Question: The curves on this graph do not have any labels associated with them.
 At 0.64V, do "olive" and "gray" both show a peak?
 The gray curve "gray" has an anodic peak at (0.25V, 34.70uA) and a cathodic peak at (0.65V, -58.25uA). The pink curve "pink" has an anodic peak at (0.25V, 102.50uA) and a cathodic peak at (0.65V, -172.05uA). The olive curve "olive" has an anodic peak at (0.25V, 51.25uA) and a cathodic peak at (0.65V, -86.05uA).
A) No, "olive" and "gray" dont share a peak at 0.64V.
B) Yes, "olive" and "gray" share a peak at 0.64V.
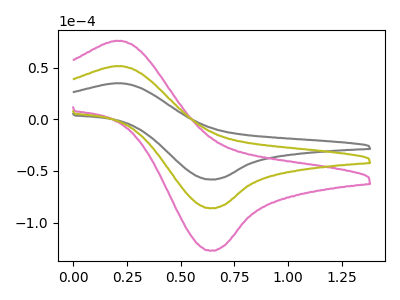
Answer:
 <answer>B) Yes, "olive" and "gray" share a peak at 0.64V.</answer>
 <eval>B</eval>